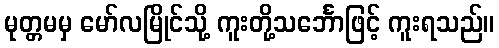
မုတ္တမမှ မော်လမြိုင်သို့ ကူးတို့သင်္ဘောဖြင့် ကူးရသည်။